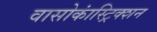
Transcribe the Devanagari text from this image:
वासोकांस्ट्रिक्शन